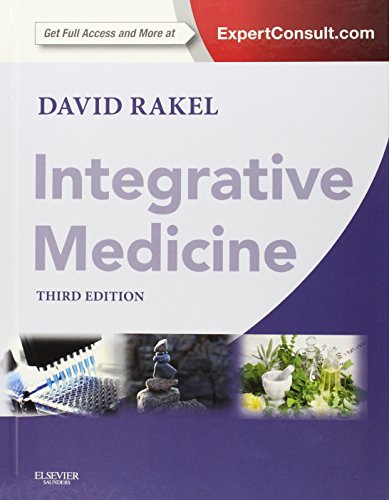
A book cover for Integrative Medicine: Expert Consult Premium Edition - Enhanced Online Features and Print, 3e (Rakel, Integrative Medicine); David Rakel; Medical Books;